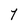
Character: Y